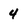
Character: 4